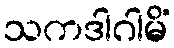
သကဒါဂါမိံ